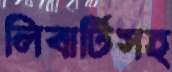
লিবার্টিসহ